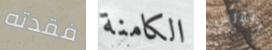
فقدته الكامنة الفرس